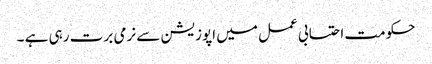
حکومت احتسابی عمل میں اپوزیشن سے نرمی برت رہی ہے ۔